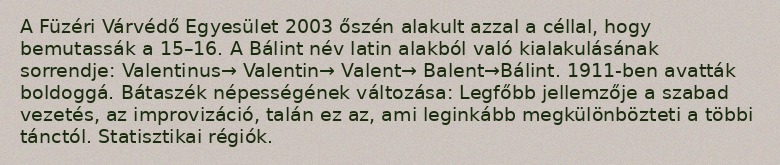
A Füzéri Várvédő Egyesület 2003 őszén alakult azzal a céllal, hogy bemutassák a 15–16. A Bálint név latin alakból való kialakulásának sorrendje: Valentinus→ Valentin→ Valent→ Balent→Bálint. 1911-ben avatták boldoggá. Bátaszék népességének változása: Legfőbb jellemzője a szabad vezetés, az improvizáció, talán ez az, ami leginkább megkülönbözteti a többi tánctól. Statisztikai régiók.